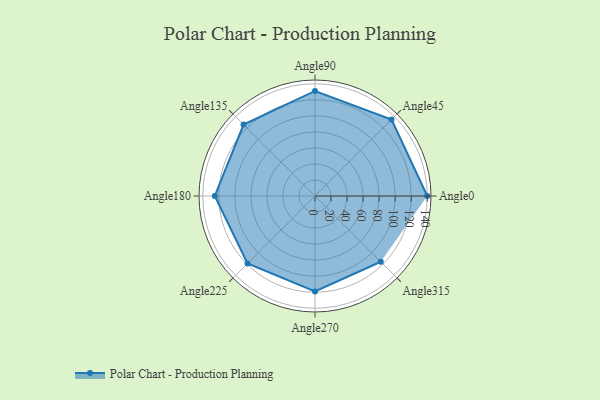
{"axis": {"x": "Angle", "y": "Radius"}, "legend": [""], "data": [{"x": "Angle0", "y": 140.0, "type": ""}, {"x": "Angle45", "y": 135.0, "type": ""}, {"x": "Angle90", "y": 131.0, "type": ""}, {"x": "Angle135", "y": 126.0, "type": ""}, {"x": "Angle180", "y": 125.0, "type": ""}, {"x": "Angle225", "y": 119.0, "type": ""}, {"x": "Angle270", "y": 119.0, "type": ""}, {"x": "Angle315", "y": 116.0, "type": ""}]}